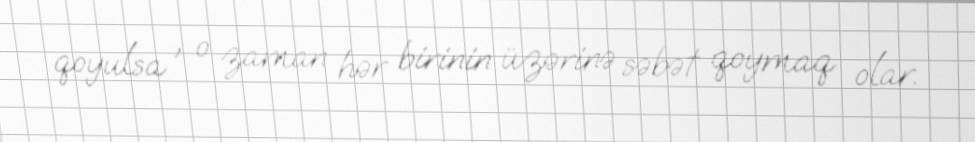
qoyulsa , o zaman hər birinin üzərinə səbət qoymaq olar.